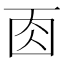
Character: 𠀬